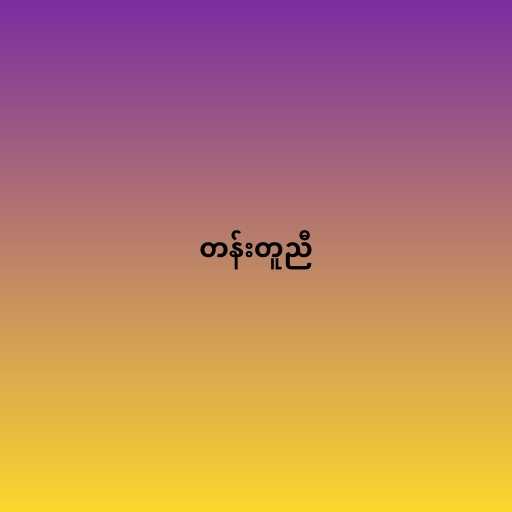
တန်းတူညီ